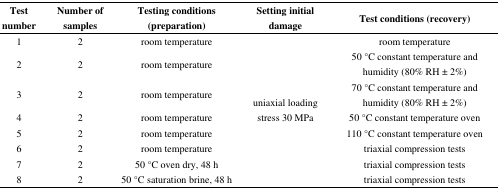
<table><thead><tr><td><b>Test number</b></td><td><b>Number of samples</b></td><td><b>Testing conditions (preparation) </b></td><td><b>Setting initial damage </b></td><td><b>Test conditions (recovery)</b></td></tr></thead><tbody><tr><td>1</td><td>2</td><td>room temperature</td><td rowspan="8">uniaxial loading stress 30 MPa</td><td>room temperature</td></tr><tr><td>2</td><td>2</td><td>room temperature</td><td>50 °C constant temperature and humidity (80% RH ± 2%)</td></tr><tr><td>3</td><td>2</td><td>room temperature</td><td>70 °C constant temperature and humidity (80% RH ± 2%)</td></tr><tr><td>4</td><td>2</td><td>room temperature</td><td>50 °C constant temperature oven</td></tr><tr><td>5</td><td>2</td><td>room temperature</td><td>110 °C constant temperature oven</td></tr><tr><td>6</td><td>2</td><td>room temperature</td><td>triaxial compression tests</td></tr><tr><td>7</td><td>2</td><td>50 °C oven dry, 48 h</td><td>triaxial compression tests</td></tr><tr><td>8</td><td>2</td><td>50 °C saturation brine, 48 h</td><td>triaxial compression tests</td></tr></tbody></table>